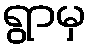
ရွာမှ